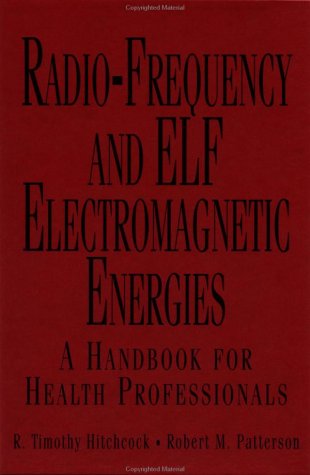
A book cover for Radio-Frequency and ELF Electromagnetic Energies: A Handbook for Health Professionals (Industrial Health & Safety); R. Timothy Hitchcock; Science & Math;